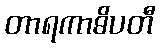
တာရကာဓိပတီ